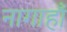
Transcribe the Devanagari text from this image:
नागाहाँ